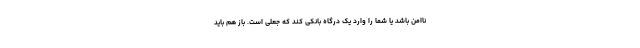
ناامن باشد یا شما را وارد یک درگاه بانکی کند که جعلی است. باز هم باید